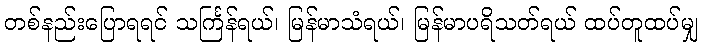
တစ်နည်းပြောရရင် သင်္ကြန်ရယ်၊ မြန်မာသံရယ်၊ မြန်မာပရိသတ်ရယ် ထပ်တူထပ်မျှ